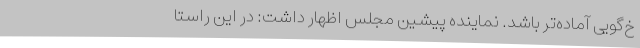
خ‌گویی آماده‌تر باشد. نماینده پیشین مجلس اظهار داشت: در این راستا